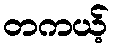
တကယ့်